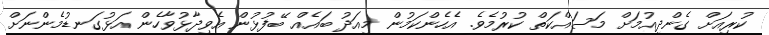
ކުރިއަށް ގެންދިއުމަށް މަސައްކަތް ކުރުމެވެ. އެހެންކަމުން މިއަދު ބައެއް ބޭފުޅުން އެވިދާޅުވާހެން އަޅުގަނޑުމެންނަށް